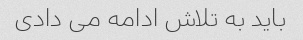
باید به تلاش ادامه می دادی